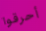
أحرقوا